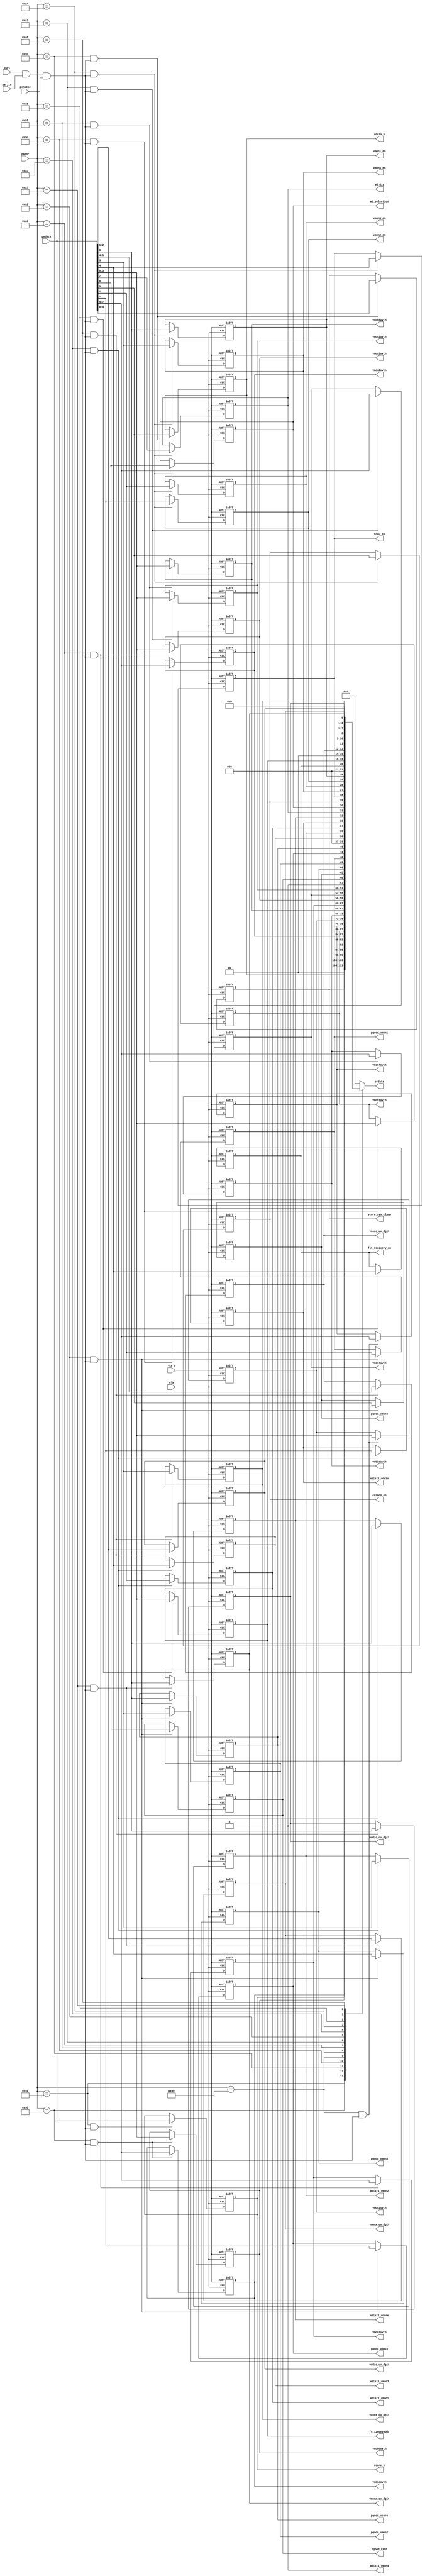
module register_otp_fs_apb_cfg (
                 clk
                ,rst_n
                ,pwrite
                ,psel
                ,penable
                ,paddr
                ,pwdata
                ,prdata
                ,vcore_v
                ,vcoreovth
                ,vddioovth
                ,vcore_svs_clamp
                ,vddio_v
                ,vmon1ovth
                ,vmon2ovth
                ,vmon3ovth
                ,vmon4ovth
                ,vcoreuvth
                ,vddiouvth
                ,vmon1uvth
                ,vmon2uvth
                ,vmon3uvth
                ,vmon4uvth
                ,pgood_vcore
                ,pgood_vddio
                ,pgood_vmon1
                ,pgood_vmon2
                ,pgood_vmon3
                ,pgood_vmon4
                ,pgood_rstb
                ,abist1_vcore
                ,abist1_vddio
                ,abist1_vmon1
                ,abist1_vmon2
                ,abist1_vmon3
                ,abist1_vmon4
                ,vmon1_en
                ,vmon2_en
                ,vmon3_en
                ,vmon4_en
                ,fccu_en
                ,errmon_en
                ,wd_selection
                ,wd_dis
                ,fs_i2cdevaddr
                ,flt_recovery_en
                ,vddio_ov_dglt
                ,vddio_uv_dglt
                ,vcore_ov_dglt
                ,vcore_uv_dglt
                ,vmonx_ov_dglt
                ,vmonx_uv_dglt
                );
input           clk;
input           rst_n;
input           pwrite;
input           psel;
input           penable;
input  [31:0]   paddr;
input  [7:0]    pwdata;
output [7:0]    prdata;
output [7:0]    vcore_v;
output [3:0]    vcoreovth;
output [3:0]    vddioovth;
output [4:0]    vcore_svs_clamp;
output          vddio_v;
output [3:0]    vmon1ovth;
output [3:0]    vmon2ovth;
output [3:0]    vmon3ovth;
output [3:0]    vmon4ovth;
output [3:0]    vcoreuvth;
output [3:0]    vddiouvth;
output [3:0]    vmon1uvth;
output [3:0]    vmon2uvth;
output [3:0]    vmon3uvth;
output [3:0]    vmon4uvth;
output          pgood_vcore;
output          pgood_vddio;
output          pgood_vmon1;
output          pgood_vmon2;
output          pgood_vmon3;
output          pgood_vmon4;
output          pgood_rstb;
output          abist1_vcore;
output          abist1_vddio;
output          abist1_vmon1;
output          abist1_vmon2;
output          abist1_vmon3;
output          abist1_vmon4;
output          vmon1_en;
output          vmon2_en;
output          vmon3_en;
output          vmon4_en;
output          fccu_en;
output          errmon_en;
output          wd_selection;
output          wd_dis;
output [3:0]    fs_i2cdevaddr;
output          flt_recovery_en;
output          vddio_ov_dglt;
output [1:0]    vddio_uv_dglt;
output          vcore_ov_dglt;
output [1:0]    vcore_uv_dglt;
output          vmonx_ov_dglt;
output [1:0]    vmonx_uv_dglt;
wire            clk;
wire            rst_n;
wire            pwrite;
wire            psel;
wire            penable;
wire [31:0]     paddr;
wire [7:0]      pwdata;
reg  [7:0]      prdata;
reg  [7:0]      vcore_v;
reg  [3:0]      vcoreovth;
reg  [3:0]      vddioovth;
reg  [4:0]      vcore_svs_clamp;
reg             vddio_v;
reg  [3:0]      vmon1ovth;
reg  [3:0]      vmon2ovth;
reg  [3:0]      vmon3ovth;
reg  [3:0]      vmon4ovth;
reg  [3:0]      vcoreuvth;
reg  [3:0]      vddiouvth;
reg  [3:0]      vmon1uvth;
reg  [3:0]      vmon2uvth;
reg  [3:0]      vmon3uvth;
reg  [3:0]      vmon4uvth;
reg             pgood_vcore;
reg             pgood_vddio;
reg             pgood_vmon1;
reg             pgood_vmon2;
reg             pgood_vmon3;
reg             pgood_vmon4;
reg             pgood_rstb;
reg             abist1_vcore;
reg             abist1_vddio;
reg             abist1_vmon1;
reg             abist1_vmon2;
reg             abist1_vmon3;
reg             abist1_vmon4;
reg             vmon1_en;
reg             vmon2_en;
reg             vmon3_en;
reg             vmon4_en;
reg             fccu_en;
reg             errmon_en;
reg             wd_selection;
reg             wd_dis;
reg  [3:0]      fs_i2cdevaddr;
reg             flt_recovery_en;
reg             vddio_ov_dglt;
reg  [1:0]      vddio_uv_dglt;
reg             vcore_ov_dglt;
reg  [1:0]      vcore_uv_dglt;
reg             vmonx_ov_dglt;
reg  [1:0]      vmonx_uv_dglt;
wire [7:0]      OTP_CFG_UVOV_1;
wire [7:0]      OTP_CFG_UVOV_2;
wire [7:0]      OTP_CFG_UVOV_3;
wire [7:0]      OTP_CFG_UVOV_4;
wire [7:0]      OTP_CFG_UVOV_5;
wire [7:0]      OTP_CFG_UVOV_6;
wire [7:0]      OTP_CFG_UVOV_7;
wire [7:0]      OTP_CFG_UVOV_8;
wire [7:0]      OTP_CFG_PGOOD;
wire [7:0]      OTP_CFG_ABIST1;
wire [7:0]      OTP_CFG_ASIL;
wire [7:0]      OTP_CFG_I2C;
wire [7:0]      OTP_CFG_DGLT_DUR_1;
wire [7:0]      OTP_CFG_DGLT_DUR_2;
wire            otp_cfg_uvov_1_wr;
wire            otp_cfg_uvov_1_rd;
wire            otp_cfg_uvov_2_wr;
wire            otp_cfg_uvov_2_rd;
wire            otp_cfg_uvov_3_wr;
wire            otp_cfg_uvov_3_rd;
wire            otp_cfg_uvov_4_wr;
wire            otp_cfg_uvov_4_rd;
wire            otp_cfg_uvov_5_wr;
wire            otp_cfg_uvov_5_rd;
wire            otp_cfg_uvov_6_wr;
wire            otp_cfg_uvov_6_rd;
wire            otp_cfg_uvov_7_wr;
wire            otp_cfg_uvov_7_rd;
wire            otp_cfg_uvov_8_wr;
wire            otp_cfg_uvov_8_rd;
wire            otp_cfg_pgood_wr;
wire            otp_cfg_pgood_rd;
wire            otp_cfg_abist1_wr;
wire            otp_cfg_abist1_rd;
wire            otp_cfg_asil_wr;
wire            otp_cfg_asil_rd;
wire            otp_cfg_i2c_wr;
wire            otp_cfg_i2c_rd;
wire            otp_cfg_dglt_dur_1_wr;
wire            otp_cfg_dglt_dur_1_rd;
wire            otp_cfg_dglt_dur_2_wr;
wire            otp_cfg_dglt_dur_2_rd;
wire            reg_wr;
wire            reg_rd;
assign reg_wr = psel & pwrite & penable;
assign reg_rd = psel & (~pwrite) & (~penable);
assign otp_cfg_uvov_1_wr = (paddr == 32'h90 + 8'hA) & reg_wr;
assign otp_cfg_uvov_1_rd = (paddr == 32'h90 + 8'hA) & reg_rd;
assign otp_cfg_uvov_2_wr = (paddr == 32'h90 + 8'hB) & reg_wr;
assign otp_cfg_uvov_2_rd = (paddr == 32'h90 + 8'hB) & reg_rd;
assign otp_cfg_uvov_3_wr = (paddr == 32'h90 + 8'hC) & reg_wr;
assign otp_cfg_uvov_3_rd = (paddr == 32'h90 + 8'hC) & reg_rd;
assign otp_cfg_uvov_4_wr = (paddr == 32'h90 + 8'hD) & reg_wr;
assign otp_cfg_uvov_4_rd = (paddr == 32'h90 + 8'hD) & reg_rd;
assign otp_cfg_uvov_5_wr = (paddr == 32'h90 + 8'hE) & reg_wr;
assign otp_cfg_uvov_5_rd = (paddr == 32'h90 + 8'hE) & reg_rd;
assign otp_cfg_uvov_6_wr = (paddr == 32'h90 + 8'hF) & reg_wr;
assign otp_cfg_uvov_6_rd = (paddr == 32'h90 + 8'hF) & reg_rd;
assign otp_cfg_uvov_7_wr = (paddr == 32'h90 + 8'h10) & reg_wr;
assign otp_cfg_uvov_7_rd = (paddr == 32'h90 + 8'h10) & reg_rd;
assign otp_cfg_uvov_8_wr = (paddr == 32'h90 + 8'h11) & reg_wr;
assign otp_cfg_uvov_8_rd = (paddr == 32'h90 + 8'h11) & reg_rd;
assign otp_cfg_pgood_wr = (paddr == 32'h90 + 8'h12) & reg_wr;
assign otp_cfg_pgood_rd = (paddr == 32'h90 + 8'h12) & reg_rd;
assign otp_cfg_abist1_wr = (paddr == 32'h90 + 8'h13) & reg_wr;
assign otp_cfg_abist1_rd = (paddr == 32'h90 + 8'h13) & reg_rd;
assign otp_cfg_asil_wr = (paddr == 32'h90 + 8'h14) & reg_wr;
assign otp_cfg_asil_rd = (paddr == 32'h90 + 8'h14) & reg_rd;
assign otp_cfg_i2c_wr = (paddr == 32'h90 + 8'h15) & reg_wr;
assign otp_cfg_i2c_rd = (paddr == 32'h90 + 8'h15) & reg_rd;
assign otp_cfg_dglt_dur_1_wr = (paddr == 32'h90 + 8'h16) & reg_wr;
assign otp_cfg_dglt_dur_1_rd = (paddr == 32'h90 + 8'h16) & reg_rd;
assign otp_cfg_dglt_dur_2_wr = (paddr == 32'h90 + 8'h17) & reg_wr;
assign otp_cfg_dglt_dur_2_rd = (paddr == 32'h90 + 8'h17) & reg_rd;
assign OTP_CFG_UVOV_1[7:0] = vcore_v;
assign OTP_CFG_UVOV_2[3:0] = vcoreovth;
assign OTP_CFG_UVOV_2[7:4] = vddioovth;
assign OTP_CFG_UVOV_3[4:0] = vcore_svs_clamp;
assign OTP_CFG_UVOV_3[7:6] = 2'b0;
assign OTP_CFG_UVOV_3[5] = vddio_v;
assign OTP_CFG_UVOV_4[3:0] = vmon1ovth;
assign OTP_CFG_UVOV_4[7:4] = vmon2ovth;
assign OTP_CFG_UVOV_5[3:0] = vmon3ovth;
assign OTP_CFG_UVOV_5[7:4] = vmon4ovth;
assign OTP_CFG_UVOV_6[3:0] = vcoreuvth;
assign OTP_CFG_UVOV_6[7:4] = vddiouvth;
assign OTP_CFG_UVOV_7[3:0] = vmon1uvth;
assign OTP_CFG_UVOV_7[7:4] = vmon2uvth;
assign OTP_CFG_UVOV_8[3:0] = vmon3uvth;
assign OTP_CFG_UVOV_8[7:4] = vmon4uvth;
assign OTP_CFG_PGOOD[0] = pgood_vcore;
assign OTP_CFG_PGOOD[1] = pgood_vddio;
assign OTP_CFG_PGOOD[2] = pgood_vmon1;
assign OTP_CFG_PGOOD[3] = pgood_vmon2;
assign OTP_CFG_PGOOD[4] = pgood_vmon3;
assign OTP_CFG_PGOOD[5] = pgood_vmon4;
assign OTP_CFG_PGOOD[7] = 1'b0;
assign OTP_CFG_PGOOD[6] = pgood_rstb;
assign OTP_CFG_ABIST1[0] = abist1_vcore;
assign OTP_CFG_ABIST1[1] = abist1_vddio;
assign OTP_CFG_ABIST1[2] = abist1_vmon1;
assign OTP_CFG_ABIST1[3] = abist1_vmon2;
assign OTP_CFG_ABIST1[4] = abist1_vmon3;
assign OTP_CFG_ABIST1[7:5] = 3'b0;
assign OTP_CFG_ABIST1[5] = abist1_vmon4;
assign OTP_CFG_ASIL[0] = vmon1_en;
assign OTP_CFG_ASIL[1] = vmon2_en;
assign OTP_CFG_ASIL[2] = vmon3_en;
assign OTP_CFG_ASIL[3] = vmon4_en;
assign OTP_CFG_ASIL[4] = fccu_en;
assign OTP_CFG_ASIL[5] = errmon_en;
assign OTP_CFG_ASIL[6] = wd_selection;
assign OTP_CFG_ASIL[7] = wd_dis;
assign OTP_CFG_I2C[3:0] = fs_i2cdevaddr;
assign OTP_CFG_I2C[7:5] = 3'b0;
assign OTP_CFG_I2C[4] = flt_recovery_en;
assign OTP_CFG_DGLT_DUR_1[0] = vddio_ov_dglt;
assign OTP_CFG_DGLT_DUR_1[2:1] = vddio_uv_dglt;
assign OTP_CFG_DGLT_DUR_1[3] = vcore_ov_dglt;
assign OTP_CFG_DGLT_DUR_1[7:6] = 2'b0;
assign OTP_CFG_DGLT_DUR_1[5:4] = vcore_uv_dglt;
assign OTP_CFG_DGLT_DUR_2[0] = vmonx_ov_dglt;
assign OTP_CFG_DGLT_DUR_2[7:3] = 5'b0;
assign OTP_CFG_DGLT_DUR_2[2:1] = vmonx_uv_dglt;
always@(posedge clk or negedge rst_n) begin
    if(!rst_n) begin
        vcore_v <= 8'h0;
    end
    else if(otp_cfg_uvov_1_wr) begin
        vcore_v <= pwdata[7:0];
    end
end
always@(posedge clk or negedge rst_n) begin
    if(!rst_n) begin
        vcoreovth <= 4'h0;
    end
    else if(otp_cfg_uvov_2_wr) begin
        vcoreovth <= pwdata[3:0];
    end
end
always@(posedge clk or negedge rst_n) begin
    if(!rst_n) begin
        vddioovth <= 4'h0;
    end
    else if(otp_cfg_uvov_2_wr) begin
        vddioovth <= pwdata[7:4];
    end
end
always@(posedge clk or negedge rst_n) begin
    if(!rst_n) begin
        vcore_svs_clamp <= 5'h0;
    end
    else if(otp_cfg_uvov_3_wr) begin
        vcore_svs_clamp <= pwdata[4:0];
    end
end
always@(posedge clk or negedge rst_n) begin
    if(!rst_n) begin
        vddio_v <= 1'h0;
    end
    else if(otp_cfg_uvov_3_wr) begin
        vddio_v <= pwdata[5];
    end
end
always@(posedge clk or negedge rst_n) begin
    if(!rst_n) begin
        vmon1ovth <= 4'h0;
    end
    else if(otp_cfg_uvov_4_wr) begin
        vmon1ovth <= pwdata[3:0];
    end
end
always@(posedge clk or negedge rst_n) begin
    if(!rst_n) begin
        vmon2ovth <= 4'h0;
    end
    else if(otp_cfg_uvov_4_wr) begin
        vmon2ovth <= pwdata[7:4];
    end
end
always@(posedge clk or negedge rst_n) begin
    if(!rst_n) begin
        vmon3ovth <= 4'h0;
    end
    else if(otp_cfg_uvov_5_wr) begin
        vmon3ovth <= pwdata[3:0];
    end
end
always@(posedge clk or negedge rst_n) begin
    if(!rst_n) begin
        vmon4ovth <= 4'h0;
    end
    else if(otp_cfg_uvov_5_wr) begin
        vmon4ovth <= pwdata[7:4];
    end
end
always@(posedge clk or negedge rst_n) begin
    if(!rst_n) begin
        vcoreuvth <= 4'h0;
    end
    else if(otp_cfg_uvov_6_wr) begin
        vcoreuvth <= pwdata[3:0];
    end
end
always@(posedge clk or negedge rst_n) begin
    if(!rst_n) begin
        vddiouvth <= 4'h0;
    end
    else if(otp_cfg_uvov_6_wr) begin
        vddiouvth <= pwdata[7:4];
    end
end
always@(posedge clk or negedge rst_n) begin
    if(!rst_n) begin
        vmon1uvth <= 4'h0;
    end
    else if(otp_cfg_uvov_7_wr) begin
        vmon1uvth <= pwdata[3:0];
    end
end
always@(posedge clk or negedge rst_n) begin
    if(!rst_n) begin
        vmon2uvth <= 4'h0;
    end
    else if(otp_cfg_uvov_7_wr) begin
        vmon2uvth <= pwdata[7:4];
    end
end
always@(posedge clk or negedge rst_n) begin
    if(!rst_n) begin
        vmon3uvth <= 4'h0;
    end
    else if(otp_cfg_uvov_8_wr) begin
        vmon3uvth <= pwdata[3:0];
    end
end
always@(posedge clk or negedge rst_n) begin
    if(!rst_n) begin
        vmon4uvth <= 4'h0;
    end
    else if(otp_cfg_uvov_8_wr) begin
        vmon4uvth <= pwdata[7:4];
    end
end
always@(posedge clk or negedge rst_n) begin
    if(!rst_n) begin
        pgood_vcore <= 1'h0;
    end
    else if(otp_cfg_pgood_wr) begin
        pgood_vcore <= pwdata[0];
    end
end
always@(posedge clk or negedge rst_n) begin
    if(!rst_n) begin
        pgood_vddio <= 1'h0;
    end
    else if(otp_cfg_pgood_wr) begin
        pgood_vddio <= pwdata[1];
    end
end
always@(posedge clk or negedge rst_n) begin
    if(!rst_n) begin
        pgood_vmon1 <= 1'h0;
    end
    else if(otp_cfg_pgood_wr) begin
        pgood_vmon1 <= pwdata[2];
    end
end
always@(posedge clk or negedge rst_n) begin
    if(!rst_n) begin
        pgood_vmon2 <= 1'h0;
    end
    else if(otp_cfg_pgood_wr) begin
        pgood_vmon2 <= pwdata[3];
    end
end
always@(posedge clk or negedge rst_n) begin
    if(!rst_n) begin
        pgood_vmon3 <= 1'h0;
    end
    else if(otp_cfg_pgood_wr) begin
        pgood_vmon3 <= pwdata[4];
    end
end
always@(posedge clk or negedge rst_n) begin
    if(!rst_n) begin
        pgood_vmon4 <= 1'h0;
    end
    else if(otp_cfg_pgood_wr) begin
        pgood_vmon4 <= pwdata[5];
    end
end
always@(posedge clk or negedge rst_n) begin
    if(!rst_n) begin
        pgood_rstb <= 1'h0;
    end
    else if(otp_cfg_pgood_wr) begin
        pgood_rstb <= pwdata[6];
    end
end
always@(posedge clk or negedge rst_n) begin
    if(!rst_n) begin
        abist1_vcore <= 1'h0;
    end
    else if(otp_cfg_abist1_wr) begin
        abist1_vcore <= pwdata[0];
    end
end
always@(posedge clk or negedge rst_n) begin
    if(!rst_n) begin
        abist1_vddio <= 1'h0;
    end
    else if(otp_cfg_abist1_wr) begin
        abist1_vddio <= pwdata[1];
    end
end
always@(posedge clk or negedge rst_n) begin
    if(!rst_n) begin
        abist1_vmon1 <= 1'h0;
    end
    else if(otp_cfg_abist1_wr) begin
        abist1_vmon1 <= pwdata[2];
    end
end
always@(posedge clk or negedge rst_n) begin
    if(!rst_n) begin
        abist1_vmon2 <= 1'h0;
    end
    else if(otp_cfg_abist1_wr) begin
        abist1_vmon2 <= pwdata[3];
    end
end
always@(posedge clk or negedge rst_n) begin
    if(!rst_n) begin
        abist1_vmon3 <= 1'h0;
    end
    else if(otp_cfg_abist1_wr) begin
        abist1_vmon3 <= pwdata[4];
    end
end
always@(posedge clk or negedge rst_n) begin
    if(!rst_n) begin
        abist1_vmon4 <= 1'h0;
    end
    else if(otp_cfg_abist1_wr) begin
        abist1_vmon4 <= pwdata[5];
    end
end
always@(posedge clk or negedge rst_n) begin
    if(!rst_n) begin
        vmon1_en <= 1'h0;
    end
    else if(otp_cfg_asil_wr) begin
        vmon1_en <= pwdata[0];
    end
end
always@(posedge clk or negedge rst_n) begin
    if(!rst_n) begin
        vmon2_en <= 1'h0;
    end
    else if(otp_cfg_asil_wr) begin
        vmon2_en <= pwdata[1];
    end
end
always@(posedge clk or negedge rst_n) begin
    if(!rst_n) begin
        vmon3_en <= 1'h0;
    end
    else if(otp_cfg_asil_wr) begin
        vmon3_en <= pwdata[2];
    end
end
always@(posedge clk or negedge rst_n) begin
    if(!rst_n) begin
        vmon4_en <= 1'h0;
    end
    else if(otp_cfg_asil_wr) begin
        vmon4_en <= pwdata[3];
    end
end
always@(posedge clk or negedge rst_n) begin
    if(!rst_n) begin
        fccu_en <= 1'h0;
    end
    else if(otp_cfg_asil_wr) begin
        fccu_en <= pwdata[4];
    end
end
always@(posedge clk or negedge rst_n) begin
    if(!rst_n) begin
        errmon_en <= 1'h0;
    end
    else if(otp_cfg_asil_wr) begin
        errmon_en <= pwdata[5];
    end
end
always@(posedge clk or negedge rst_n) begin
    if(!rst_n) begin
        wd_selection <= 1'h0;
    end
    else if(otp_cfg_asil_wr) begin
        wd_selection <= pwdata[6];
    end
end
always@(posedge clk or negedge rst_n) begin
    if(!rst_n) begin
        wd_dis <= 1'h0;
    end
    else if(otp_cfg_asil_wr) begin
        wd_dis <= pwdata[7];
    end
end
always@(posedge clk or negedge rst_n) begin
    if(!rst_n) begin
        fs_i2cdevaddr <= 4'h0;
    end
    else if(otp_cfg_i2c_wr) begin
        fs_i2cdevaddr <= pwdata[3:0];
    end
end
always@(posedge clk or negedge rst_n) begin
    if(!rst_n) begin
        flt_recovery_en <= 1'h0;
    end
    else if(otp_cfg_i2c_wr) begin
        flt_recovery_en <= pwdata[4];
    end
end
always@(posedge clk or negedge rst_n) begin
    if(!rst_n) begin
        vddio_ov_dglt <= 1'h0;
    end
    else if(otp_cfg_dglt_dur_1_wr) begin
        vddio_ov_dglt <= pwdata[0];
    end
end
always@(posedge clk or negedge rst_n) begin
    if(!rst_n) begin
        vddio_uv_dglt <= 2'h0;
    end
    else if(otp_cfg_dglt_dur_1_wr) begin
        vddio_uv_dglt <= pwdata[2:1];
    end
end
always@(posedge clk or negedge rst_n) begin
    if(!rst_n) begin
        vcore_ov_dglt <= 1'h0;
    end
    else if(otp_cfg_dglt_dur_1_wr) begin
        vcore_ov_dglt <= pwdata[3];
    end
end
always@(posedge clk or negedge rst_n) begin
    if(!rst_n) begin
        vcore_uv_dglt <= 2'h0;
    end
    else if(otp_cfg_dglt_dur_1_wr) begin
        vcore_uv_dglt <= pwdata[5:4];
    end
end
always@(posedge clk or negedge rst_n) begin
    if(!rst_n) begin
        vmonx_ov_dglt <= 1'h0;
    end
    else if(otp_cfg_dglt_dur_2_wr) begin
        vmonx_ov_dglt <= pwdata[0];
    end
end
always@(posedge clk or negedge rst_n) begin
    if(!rst_n) begin
        vmonx_uv_dglt <= 2'h0;
    end
    else if(otp_cfg_dglt_dur_2_wr) begin
        vmonx_uv_dglt <= pwdata[2:1];
    end
end
always@(*) begin
    case(paddr)
        32'h90 + 8'hA : prdata = OTP_CFG_UVOV_1;
        32'h90 + 8'hB : prdata = OTP_CFG_UVOV_2;
        32'h90 + 8'hC : prdata = OTP_CFG_UVOV_3;
        32'h90 + 8'hD : prdata = OTP_CFG_UVOV_4;
        32'h90 + 8'hE : prdata = OTP_CFG_UVOV_5;
        32'h90 + 8'hF : prdata = OTP_CFG_UVOV_6;
        32'h90 + 8'h10 : prdata = OTP_CFG_UVOV_7;
        32'h90 + 8'h11 : prdata = OTP_CFG_UVOV_8;
        32'h90 + 8'h12 : prdata = OTP_CFG_PGOOD;
        32'h90 + 8'h13 : prdata = OTP_CFG_ABIST1;
        32'h90 + 8'h14 : prdata = OTP_CFG_ASIL;
        32'h90 + 8'h15 : prdata = OTP_CFG_I2C;
        32'h90 + 8'h16 : prdata = OTP_CFG_DGLT_DUR_1;
        32'h90 + 8'h17 : prdata = OTP_CFG_DGLT_DUR_2;
        default:prdata = 8'b0;
    endcase
end
endmodule